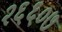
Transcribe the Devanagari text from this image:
२६६०७